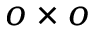
o \times o